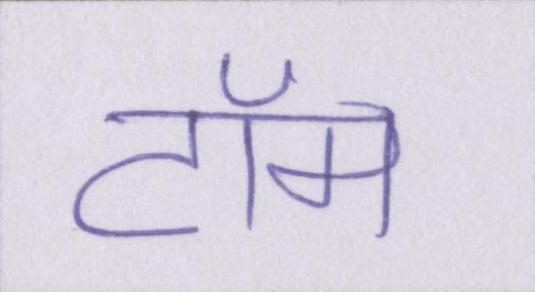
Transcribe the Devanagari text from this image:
टॉम